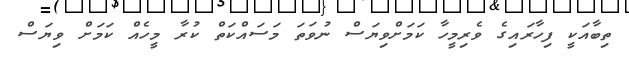
ތިބާއަކީ ފިހާރައިގެ ވެރިމީހާ ކަމަށްވިޔަސް ނުވަތަ މަސައްކަތް ކުރާ މީހެއް ކަމަށް ވިޔަސް